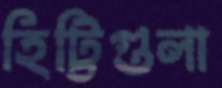
হিট্টিগুলা